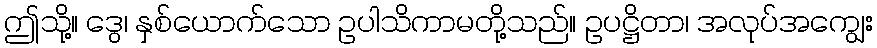
ဤသို့။ ဒွေ၊ နှစ်ယောက်သော ဥပါသိကာမတို့သည်။ ဥပဋ္ဌိတာ၊ အလုပ်အကျွေး